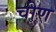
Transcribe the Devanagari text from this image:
चीण